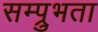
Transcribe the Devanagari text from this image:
सम्प्रुभता